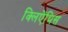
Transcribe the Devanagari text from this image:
क्लिऐंथिस